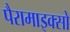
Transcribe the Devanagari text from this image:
पैरामाइक्सो